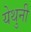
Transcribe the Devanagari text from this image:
येथुनी